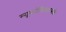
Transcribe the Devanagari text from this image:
म्यूकोलिक्टसके